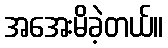
အအေးမိခဲ့တယ်။